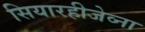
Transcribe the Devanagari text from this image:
सियारहीजेव्ना